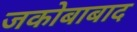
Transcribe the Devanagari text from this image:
जकोबाबाद